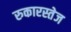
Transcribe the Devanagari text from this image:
रुकारस्तेज